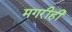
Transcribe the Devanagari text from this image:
मगरीही